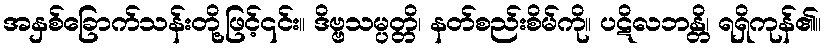
အနှစ်ခြောက်သန်းတို့ဖြင့်၎င်း။ ဒိဗ္ဗသမ္ပတ္တိ၊ နတ်စည်းစိမ်ကို။ ပဋိလဘန္တိ၊ ရရှိကုန်၏။